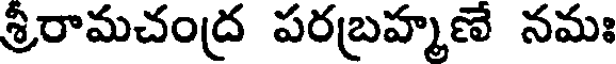
శ్రీరామచంద్ర పరబ్రహ్మణే నమః